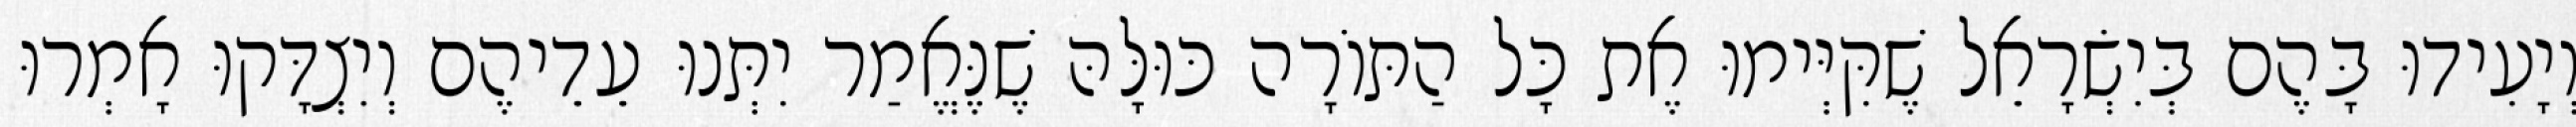
וְיָעִידוּ בָּהֶם בְּיִשְׂרָאֵל שֶׁקִּיְּימוּ אֶת כָּל הַתּוֹרָה כּוּלָּהּ שֶׁנֶּאֱמַר יִתְּנוּ עֵדֵיהֶם וְיִצְדָּקוּ אָמְרוּ